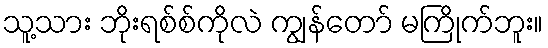
သူ့သား ဘိုးရစ်စ်ကိုလဲ ကျွန်တော် မကြိုက်ဘူး။